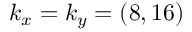
k _ { x } = k _ { y } = ( 8 , 1 6 )